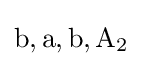
\mathrm {b,a,b,A_{2}}